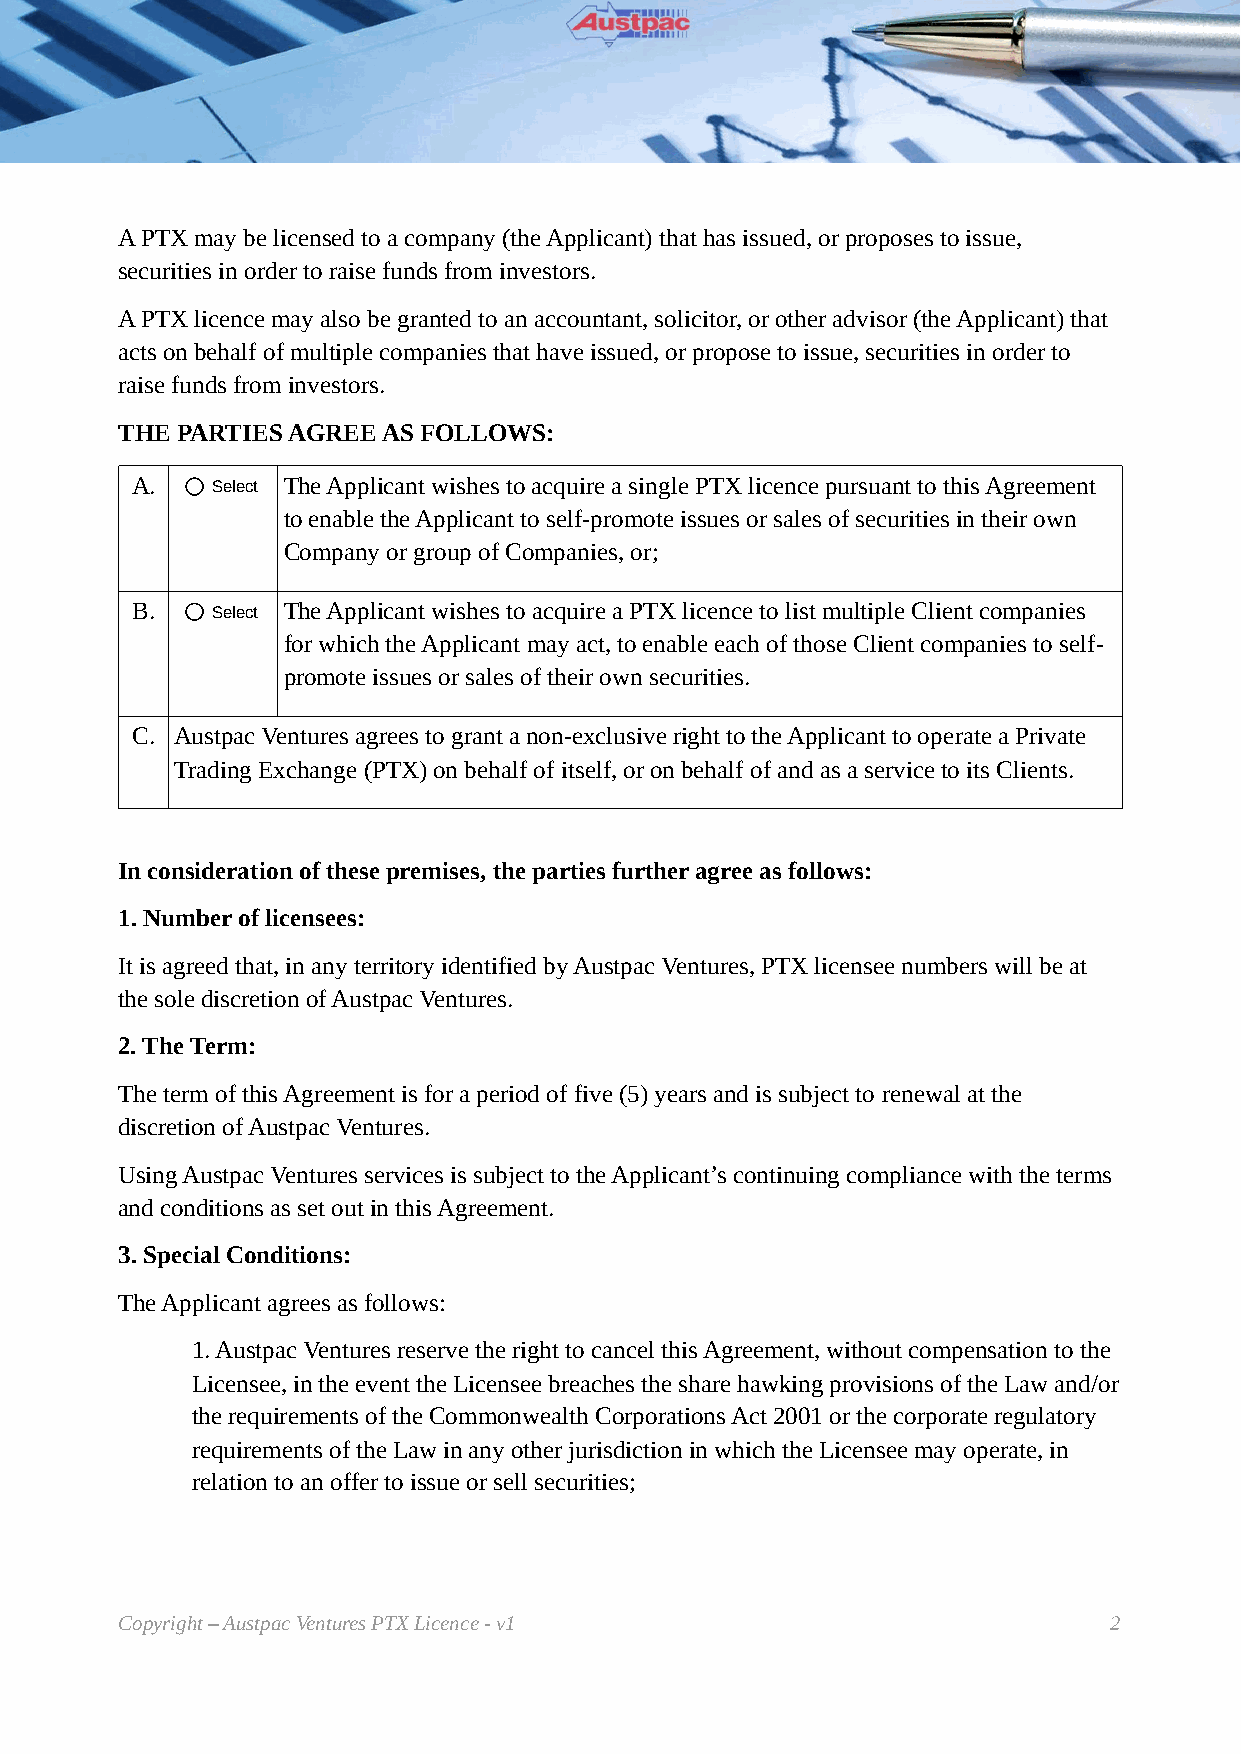
A PTX may be licensed to a company (the Applicant) that has issued, or proposes to issue,
 securities in order to raise funds from investors.
 A PTX licence may also be granted to an accountant, solicitor, or other advisor (the Applicant) that
 acts on behalf of multiple companies that have issued, or propose to issue, securities in order to
 raise funds from investors.
 THE PARTIES AGREE AS FOLLOWS:
 A.   Select The Applicant wishes to acquire a single PTX licence pursuant to this Agreement
 to enable the Applicant to self-promote issues or sales of securities in their own
 Company or group of Companies, or;
 B.   Select The Applicant wishes to acquire a PTX licence to list multiple Client companies
 for which the Applicant may act, to enable each of those Client companies to self-
 promote issues or sales of their own securities.
 C. Austpac Ventures agrees to grant a non-exclusive right to the Applicant to operate a Private
 Trading Exchange (PTX) on behalf of itself, or on behalf of and as a service to its Clients.
 In consideration of these premises, the parties further agree as follows:
 1. Number of licensees:
 It is agreed that, in any territory identified by Austpac Ventures, PTX licensee numbers will be at
 the sole discretion of Austpac Ventures.
 2. The Term:
 The term of this Agreement is for a period of five (5) years and is subject to renewal at the
 discretion of Austpac Ventures.
 Using Austpac Ventures services is subject to the Applicant’s continuing compliance with the terms
 and conditions as set out in this Agreement.
 3. Special Conditions:
 The Applicant agrees as follows:
 1. Austpac Ventures reserve the right to cancel this Agreement, without compensation to the
 Licensee, in the event the Licensee breaches the share hawking provisions of the Law and/or
 the requirements of the Commonwealth Corporations Act 2001 or the corporate regulatory
 requirements of the Law in any other jurisdiction in which the Licensee may operate, in
 relation to an offer to issue or sell securities;
 Copyright – Austpac Ventures PTX Licence - v1                    2